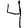
Digit: 4